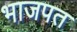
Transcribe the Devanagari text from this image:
भाजपत